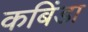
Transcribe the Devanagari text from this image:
कबिंडा